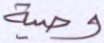
وصية